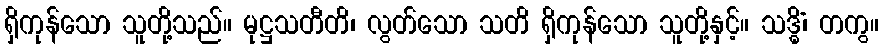
ရှိကုန်သော သူတို့သည်။ မုဋ္ဌသတီတိ၊ လွတ်သော သတိ ရှိကုန်သော သူတို့နှင့်။ သဒ္ဓိံ၊ တကွ။